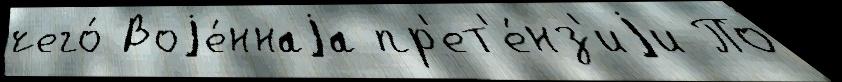
чего́ Воjе́ннаjа пр'ет'е́нз'иjи По